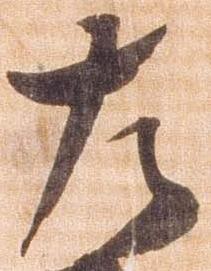
左